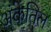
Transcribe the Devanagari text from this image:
अंकेतिल